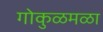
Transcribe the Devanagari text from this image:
गोकुळमळा